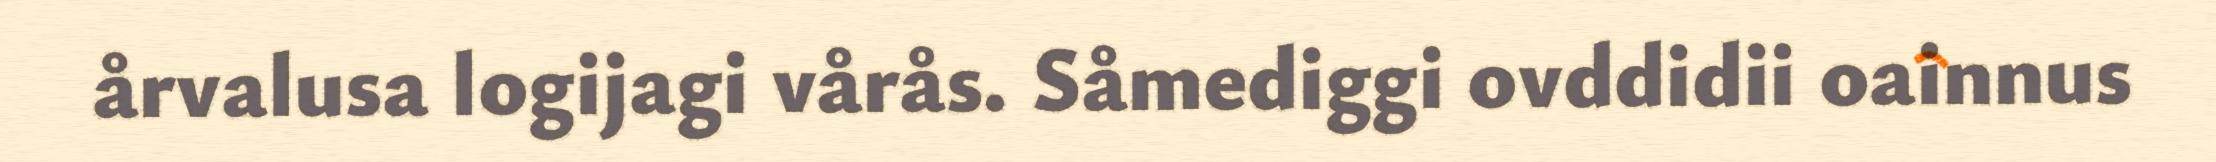
årvalusa logijagi vårås. Såmediggi ovddidii oainnus